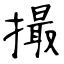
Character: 撮